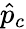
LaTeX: \hat{p}_{c}